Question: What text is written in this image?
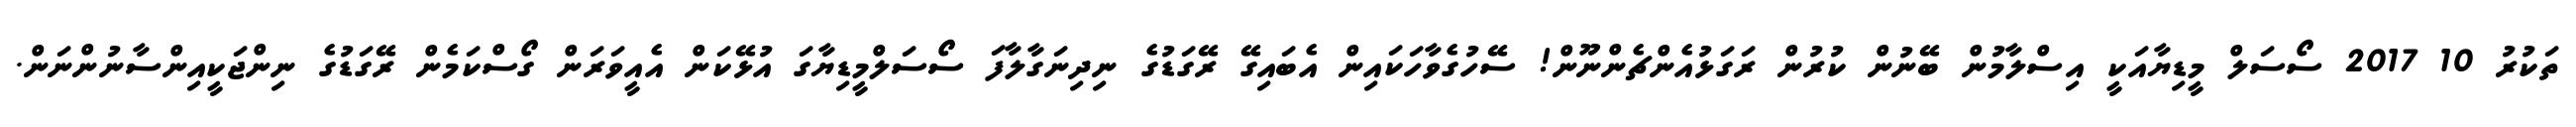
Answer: ތަކުރު 10 2017 ސޯސަލް މީޑިޔާއަކީ އިސްލާމުން ބޭނުން ކުރުން ރަގަޅުއެންޗެންނޫން! ސޭހުގެވާހަކައިން އެބައިގޭ ރޭގަޑުގެ ނިދިނަގާލާފަ ސޯސަލްމީޑިޔާގަ އުޅޭކަން އެއީވަރަން ގޯސްކަމެން ރޭގަޑުގެ ނިންޖަކީއިންސާނުންނަން.